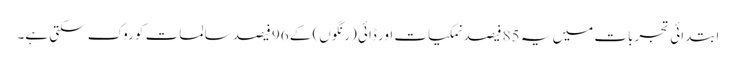
ابتدائی تجربات میں یہ 85 فیصد نمکیات اور ڈائی (رنگوں) کے 96 فیصد سالمات کو روک سکتی ہے۔